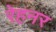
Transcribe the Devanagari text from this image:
रेहनर